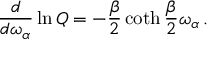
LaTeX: { \frac { d } { d \omega _ { \alpha } } } \ln Q = - { \frac { \beta } { 2 } } \coth { \frac { \beta } { 2 } } \omega _ { \alpha } \, .